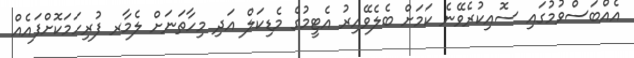
އެއްބަސްވުމުގައި ސޮއިކުރެވޭނެ ކަމަށް ބެލެވޭއިރު އެޓީމުގެ މެޑިކަލް އަދި މިހާތަނަށް ލެމާރ ފުރިހަމަކޮށްފައެއް